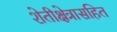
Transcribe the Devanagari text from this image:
शेतीक्षेत्रासहित